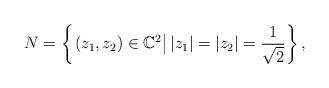
LaTeX: \begin{align*}N=\left\{ \left. \left( z_{1},z_{2}\right) \in\mathbb{C}^{2}\text{}\right\vert \left\vert z_{1}\right\vert =\left\vert z_{2}\right\vert=\frac{1}{\sqrt{2}}\right\} ,\end{align*}